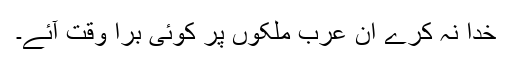
خدا نہ کرے ان عرب ملکوں پر کوئی برا وقت آئے۔